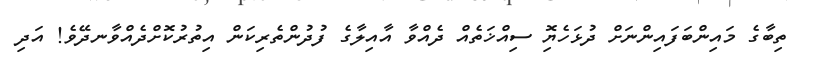
ތިބާގެ މައިންބަފައިންނަށް ދުޅަހެޔިޮ ސިއްޚަތެއް ދެއްވާ އާއިލާގެ ފުދުންތެރިކަން އިތުރުކޮށްދެއްވާނދޭވެ! އަދި